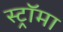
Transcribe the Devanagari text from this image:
स्ट्राॅमा